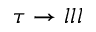
\tau \to l l l